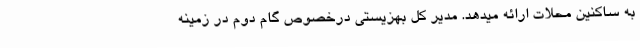
به ساکنین محلات ارائه میدهد. مدیر کل بهزیستی درخصوص گام دوم در زمینه